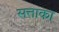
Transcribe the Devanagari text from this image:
सत्ताका